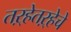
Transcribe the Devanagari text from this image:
तऱ्हेतऱ्हेचे